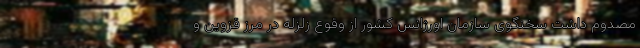
مصدوم داشت سخنگوی سازمان اورژانس کشور از وقوع زلزله در مرز قزوین و